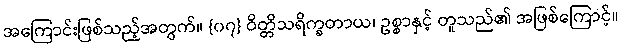
အကြောင်းဖြစ်သည့်အတွက်။ {၀၇} ဝိတ္တိသရိက္ခတာယ၊ ဥစ္စာနှင့် တူသည်၏ အဖြစ်ကြောင့်။